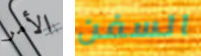
الأمر السفن